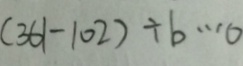
( 3 6 1 - 1 0 2 ) \div b \cdots 0